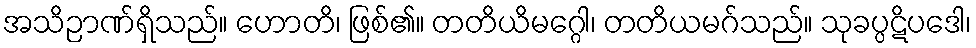
အသိဉာဏ်ရှိသည်။ ဟောတိ၊ ဖြစ်၏။ တတိယိမဂ္ဂေါ၊ တတိယမဂ်သည်။ သုခပ္ပဋိပဒေါ၊